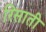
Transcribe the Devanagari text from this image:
रिसाती